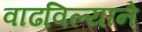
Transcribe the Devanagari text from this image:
वाढविल्याने